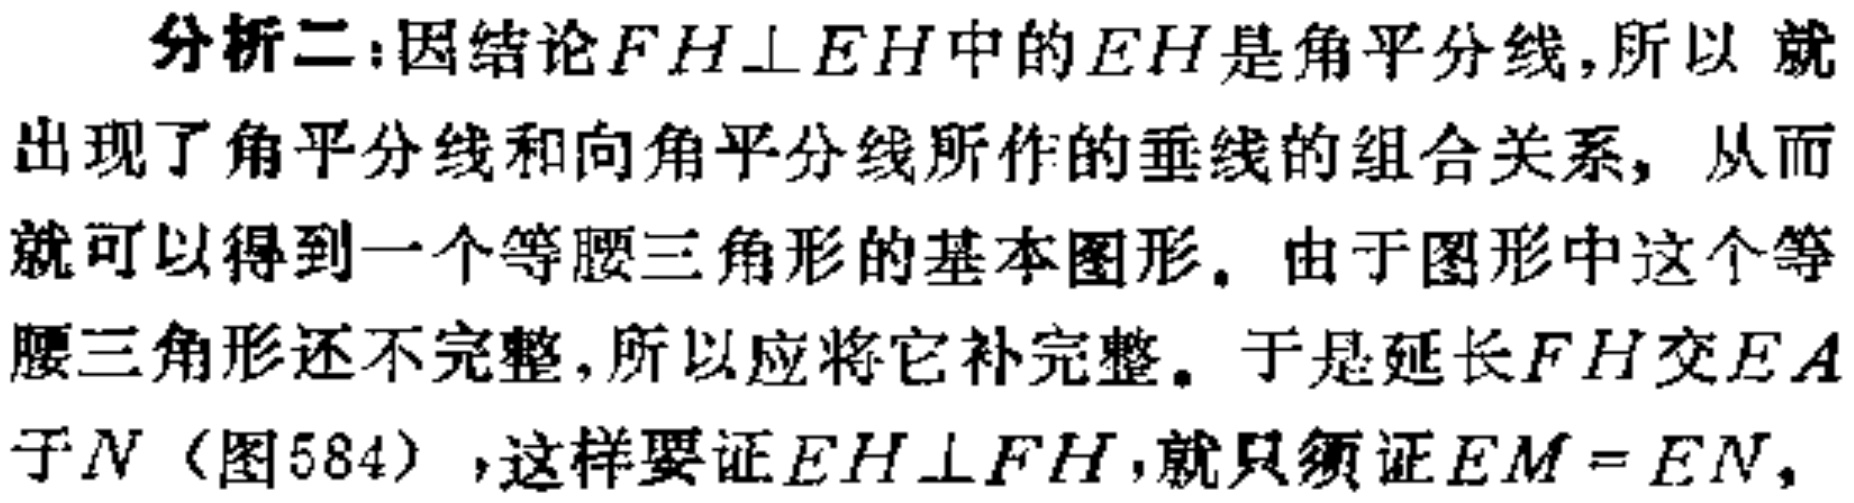
分析二:因结论$FH\perp EH$中的$EH$是角平分线,所以 就出现了角平分线和向角平分线所作的垂线的组合关系, 从而就可以得到一个等腰三角形的基本图形. 由于图形中这个等腰三角形还不完整,所以应将它补完整. 于是延长$FH$交$EA$于$N$(图584),这样要证$EH\perp FH$,就只须证$EM = EN$,